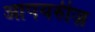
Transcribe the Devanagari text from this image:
आपयरुीज़